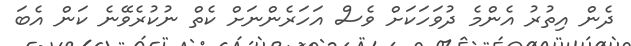
ދެން އިތުރު އެންމެ ދުވަހަކަށް ވެސް އަހަރެންނަށް ކެތް ނުކުރެވޭނެ ކަން އެބަ